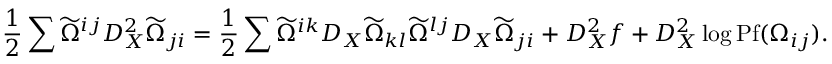
\frac { 1 } { 2 } \sum \widetilde { \Omega } ^ { i j } D _ { X } ^ { 2 } \widetilde { \Omega } _ { j i } = \frac { 1 } { 2 } \sum \widetilde { \Omega } ^ { i k } D _ { X } \widetilde { \Omega } _ { k l } \widetilde { \Omega } ^ { l j } D _ { X } \widetilde { \Omega } _ { j i } + D _ { X } ^ { 2 } f + D _ { X } ^ { 2 } \log \mathrm { P f } ( \Omega _ { i j } ) .